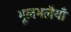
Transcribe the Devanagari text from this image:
भूलभलैयाँ